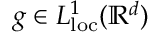
g \in L _ { \mathrm { l o c } } ^ { 1 } ( \ensuremath { \mathbb { R } ^ { d } } )